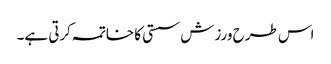
اس طرح ورزش سستی کا خاتمہ کرتی ہے۔